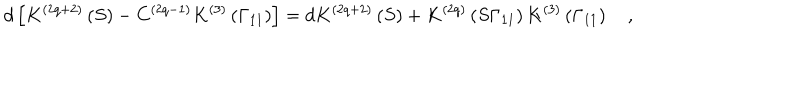
LaTeX: d \left[ K ^ { \left( 2 q + 2 \right) } \left( S \right) - C ^ { \left( 2 q - 1 \right) } K ^ { \left( 3 \right) } \left( \Gamma _ { 1 1 } \right) \right] = d K ^ { \left( 2 q + 2 \right) } \left( S \right) + K ^ { \left( 2 q \right) } \left( S \Gamma _ { 1 1 } \right) K ^ { \left( 3 \right) } \left( \Gamma _ { 1 1 } \right) \quad ,